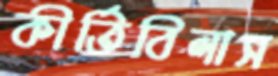
কীর্তিবিলাস